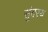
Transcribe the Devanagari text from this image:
सुंदरय